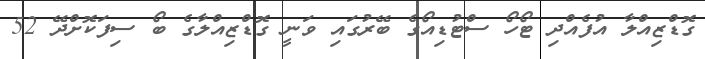
ގޮޑްޒިއްލާ އުފެއްދި ޓޯހޯ ސްޓުޑިއޯގެ ބޭރުގައި ވަނީ ގޮޑްޒިއްލާގެ ބޯ ސިފަކޮށްދޭ 52